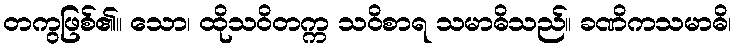
တကွဖြစ်၏။ သော၊ ထိုသဝိတက္က သဝိစာရ သမာဓိသည်။ ခဏိကသမာဓိ၊